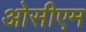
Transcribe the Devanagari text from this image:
ओसीएम